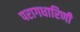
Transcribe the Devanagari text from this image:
परागधारिणी